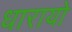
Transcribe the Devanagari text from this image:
धारायो